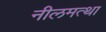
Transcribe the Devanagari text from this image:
नीलमत्था